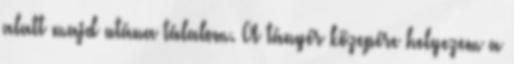
alatt majd utána tálalom. A tányér közepére helyezem a